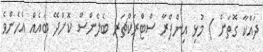
ދައްކާ ގޮތަށް ) މުޅި އިންފްރާ ސްޓްރަކްޗަރ ބެލެންސް ކޮށްދޭ ބައެއް އެހެންވެ